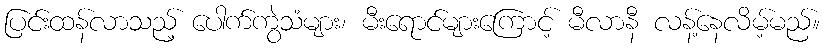
ပြင်းထန်လာသည့် ပေါက်ကွဲသံများ၊ မီးရောင်များကြောင့် မီလာနီ လန့်နေလိမ့်မည်။